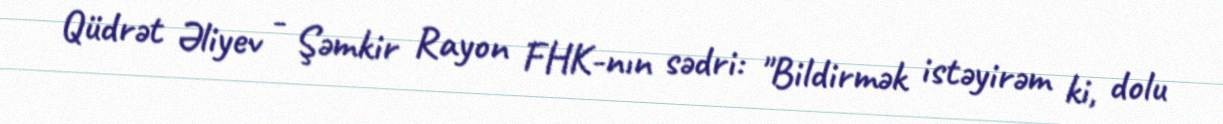
Qüdrət Əliyev - Şəmkir Rayon FHK-nın sədri: "Bildirmək istəyirəm ki, dolu